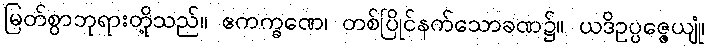
မြတ်စွာဘုရားတို့သည်။ ဧကက္ခဏေ၊ တစ်ပြိုင်နက်သောခဏ၌။ ယဒိဥပ္ပဇ္ဇေယျုံ၊